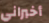
أخبراني